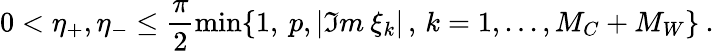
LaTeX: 0<\eta_{+},\eta_{-}\leq\frac{\pi}{2}\operatorname*{min}\{ 1,\: p,|\Im m\: \xi_{k}|\, ,\, k=1,...,M_{C}+M_{W}\} \: .